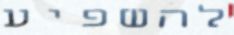
להשפיע